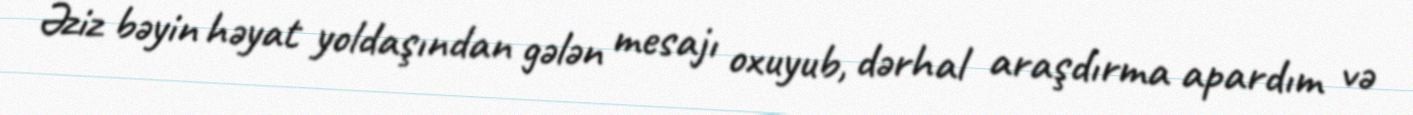
Əziz bəyin həyat yoldaşından gələn mesajı oxuyub, dərhal araşdırma apardım və